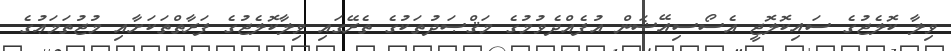
ވިލާ ކޮލެޖުގެ ސައިކޮލޮޖީ އެސޯސިއޭޝަން އުފެއްދެވުމުގެ މަޤްޞަދުތަކުގެ ތެރޭގައި ވިލާކޮލެޖުގެ ފަރާތްތަކަށާއި މުޖުތަމަޢުގެ